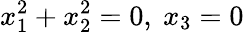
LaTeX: x_{1}^{2}+x_{2}^{2}=0,\ x_{3}=0